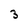
Character: 3